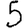
Digit: 5